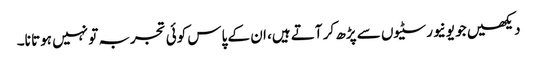
دیکھیں جو یونیورسٹیوں سے پڑھ کر آتے ہیں، ان کے پاس کوئی تجربہ تو نہیں ہوتا نا۔